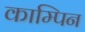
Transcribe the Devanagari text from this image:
काम्पिन